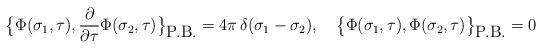
LaTeX: \begin{align*}\bigl \{\Phi(\sigma_1, \tau),{\partial\over \partial \tau} \Phi(\sigma_2, \tau) \bigr\}_{\hbox{P.B.}}=4\pi \, \delta(\sigma_1-\sigma_2),\quad\bigl \{\Phi(\sigma_1, \tau),\Phi(\sigma_2, \tau) \bigr\}_{\hbox{P.B.}}= 0\end{align*}